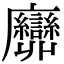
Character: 𢌕